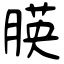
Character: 朠